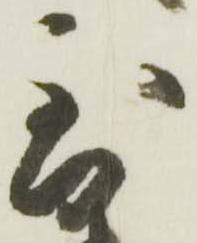
到